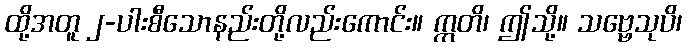
ထို့အတူ ၂-ပါးစီသောနည်းတို့လည်းကောင်း။ ဣတိ၊ ဤသို့။ သဗ္ဗေသုပိ၊